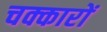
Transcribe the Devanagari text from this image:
चक्कारों